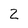
Character: 2